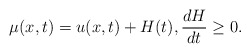
\begin{align*}\mu (x,t) = u (x,t) + H(t), \frac{dH}{dt} \geq 0.\end{align*}